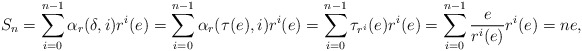
\begin{align*}S_n = \sum_{i=0}^{n-1} \alpha_r(\delta,i) r^i(e) = \sum_{i=0}^{n-1} \alpha_r(\tau(e),i) r^i(e) = \sum_{i=0}^{n-1} \tau_{r^i}(e) r^i(e) = \sum_{i=0}^{n-1} \frac{e}{r^i(e)} r^i(e) = ne,\end{align*}